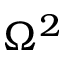
\Omega ^ { 2 }